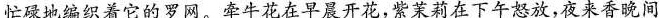
忙碌地编织着它的罗网。牵牛花在早晨开花，紫茉莉在下午怒放，夜来香晚间